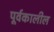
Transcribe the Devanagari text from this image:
पूर्वकालील